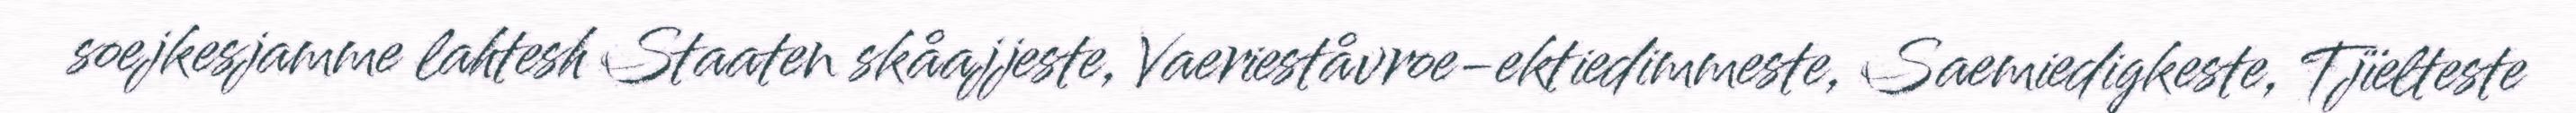
soejkesjamme lahtesh Staaten skåajjeste, Vaerieståvroe-ektiedimmeste, Saemiedigkeste, Tjïelteste